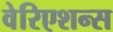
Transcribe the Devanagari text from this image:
वेरिएशन्स